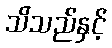
သိသည်နှင့်